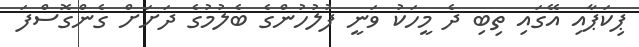
ޕިކަޕާއި އޭގައި ތިބި ދެ މީހަކު ވަނީ ފުލުހުންގެ ބެލުމުގެ ދަށަށް ގެންގޮސްފަ